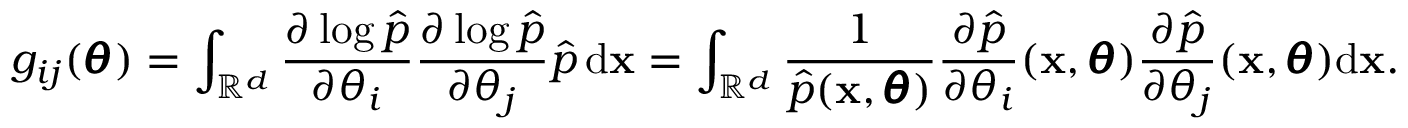
g _ { i j } ( \pmb \theta ) = \int _ { \mathbb { R } ^ { d } } \frac { \partial \log \hat { p } } { \partial \theta _ { i } } \frac { \partial \log \hat { p } } { \partial \theta _ { j } } \hat { p } \, \mathrm d \mathbf x = \int _ { \mathbb { R } ^ { d } } \frac { 1 } { \hat { p } ( \mathbf x , \pmb \theta ) } \frac { \partial \hat { p } } { \partial \theta _ { i } } ( \mathbf x , \pmb \theta ) \frac { \partial \hat { p } } { \partial \theta _ { j } } ( \mathbf x , \pmb \theta ) \mathrm d \mathbf x .